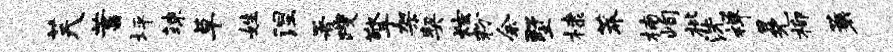
芙蓄坪竦草姓涅署躞擎架契炫粉余墅棣莽楠峋枇洗禅冕柳蓑